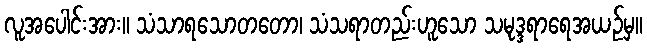
လူအပေါင်းအား။ သံသာရသောတတော၊ သံသရာတည်းဟူသော သမုဒ္ဒရာရေအယဉ်မှ။